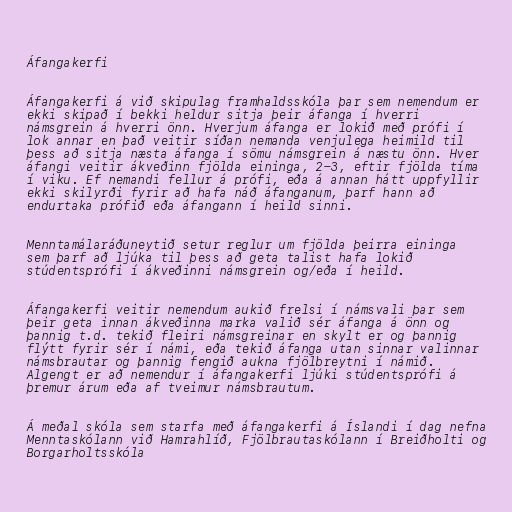
Áfangakerfi

Áfangakerfi á við skipulag framhaldsskóla þar sem nemendum er
ekki skipað í bekki heldur sitja þeir áfanga í hverri
námsgrein á hverri önn. Hverjum áfanga er lokið með prófi í
lok annar en það veitir síðan nemanda venjulega heimild til
þess að sitja næsta áfanga í sömu námsgrein á næstu önn. Hver
áfangi veitir ákveðinn fjölda eininga, 2-3, eftir fjölda tíma
í viku. Ef nemandi fellur á prófi, eða á annan hátt uppfyllir
ekki skilyrði fyrir að hafa náð áfanganum, þarf hann að
endurtaka prófið eða áfangann í heild sinni.

Menntamálaráðuneytið setur reglur um fjölda þeirra eininga
sem þarf að ljúka til þess að geta talist hafa lokið
stúdentsprófi í ákveðinni námsgrein og/eða í heild.

Áfangakerfi veitir nemendum aukið frelsi í námsvali þar sem
þeir geta innan ákveðinna marka valið sér áfanga á önn og
þannig t.d. tekið fleiri námsgreinar en skylt er og þannig
flýtt fyrir sér í námi, eða tekið áfanga utan sinnar valinnar
námsbrautar og þannig fengið aukna fjölbreytni í námið.
Algengt er að nemendur í áfangakerfi ljúki stúdentsprófi á
þremur árum eða af tveimur námsbrautum.

Á meðal skóla sem starfa með áfangakerfi á Íslandi í dag nefna
Menntaskólann við Hamrahlíð, Fjölbrautaskólann í Breiðholti og
Borgarholtsskóla